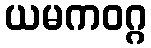
ယမကဝဂ္ဂ